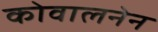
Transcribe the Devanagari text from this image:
कोवालनेन